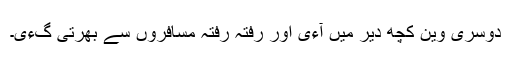
دوسری وین کچھ دیر میں آءی اور رفتہ رفتہ مسافروں سے بھرتی گءی۔